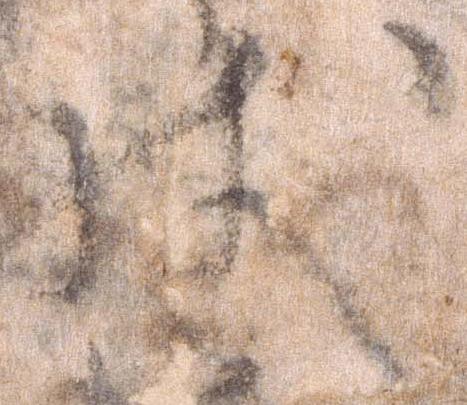
状